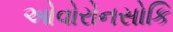
ઓવોરોનસોકિ